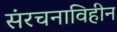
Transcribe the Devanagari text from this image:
संरचनाविहीन